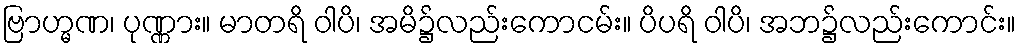
ဗြာဟ္မဏ၊ ပုဏ္ဏား။ မာတရိ ဝါပိ၊ အမိ၌လည်းကောငမ်း။ ပိပရိ ဝါပိ၊ အဘ၌လည်းကောင်း။